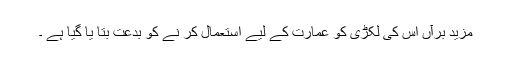
مزید برآں اس کی لکڑی کو عمارت کے لیے استعمال کر نے کو بدعت بتا یا گیا ہے ۔